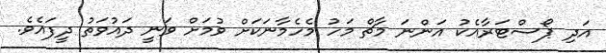
އަދި ޕޯސްޓަރާއެކު އަންނަ މާޗް މަހު މެހެމާނަކަށް ވުމަށް ވަނީ ދައުވަތު ދީފައެވެ.